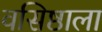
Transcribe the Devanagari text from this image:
वसिष्ठाला